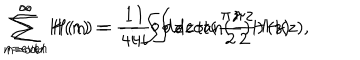
LaTeX: \sum _ { n = e v e n } ^ { \infty } H ( n ) = \frac { 1 } { 4 i } \oint d z \cot ( \frac { \pi z } { 2 } ) H ( z ) \hspace { . 1 i n } \sum _ { n = o d d } ^ { \infty } H ( n ) = - \frac { 1 } { 4 i } \oint d z \tan ( \frac { \pi z } { 2 } ) H ( z ) ,